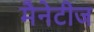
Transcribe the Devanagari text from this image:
मैनेटीज